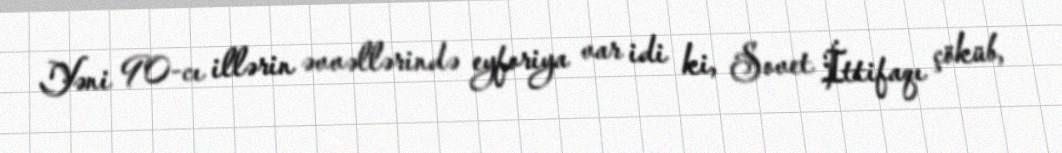
Yəni 90-cı illərin əvvəllərində eyforiya var idi ki, Sovet İttifaqı çöküb,